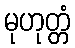
မုဟုတ္တံ